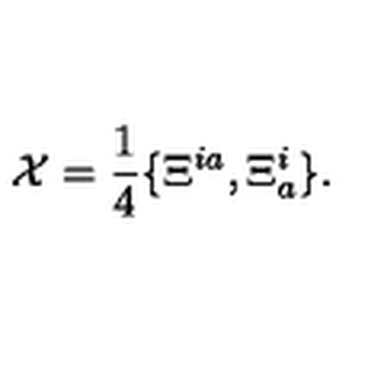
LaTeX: { \cal X } = \frac { 1 } { 4 } \{ \Xi ^ { i a } , \Xi _ { a } ^ { i } \} .